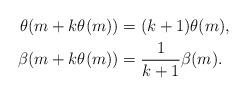
LaTeX: \begin{align*}\theta(m+k\theta(m))&=(k+1)\theta(m),\\\beta(m+k\theta(m))&=\frac{1}{k+1}\beta(m).\end{align*}